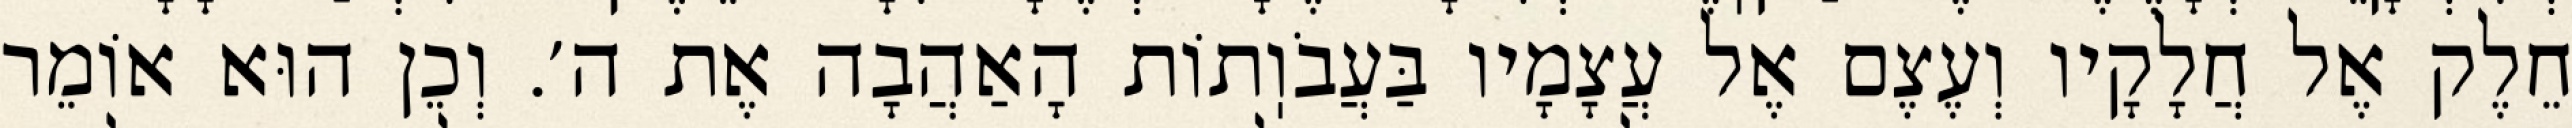
חֵלֶק אֶל חֲלָקָיו וְעֶצֶם אֶל עֲצָמָיו בַּעֲבֹוֽתוֹת הָאַהֲבָה אֶת ה׳. וְכֵן הוּא אוֹמֵר